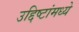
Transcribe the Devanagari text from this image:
उद्दिष्टांमध्ये